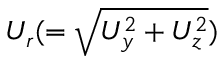
U _ { r } ( = \sqrt { U _ { y } ^ { 2 } + U _ { z } ^ { 2 } } )